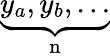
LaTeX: \underbrace{y_{a},y_{b},\ldots}_{\mathrm{n}}